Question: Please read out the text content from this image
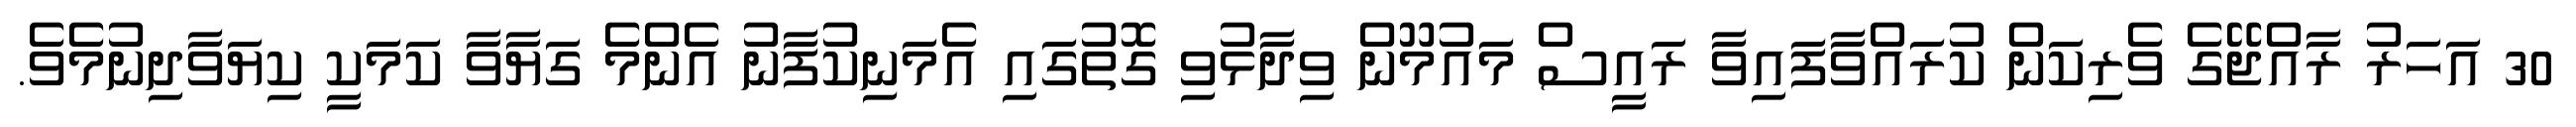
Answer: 30 އަހަރު ރާއްޖޭގެ ވެރިކަން ކުރައްވާފައިވާ ރައީސް މައުމޫން ވިދާޅުވި ގޮތުގައި އެމަނިކުފާނު އެންމެ ގަޔާވާ ކަމަކީ ކިޔަވާދިނުމެވެ.